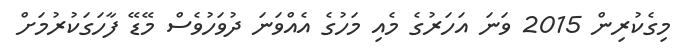
މިގެކުރިން 2015 ވަނަ އަހަރުގެ މެއި މަހުގެ އެއްވަނަ ދުވަހުވެސް މޭޑޭ ފާހަގަކުރުމަށް